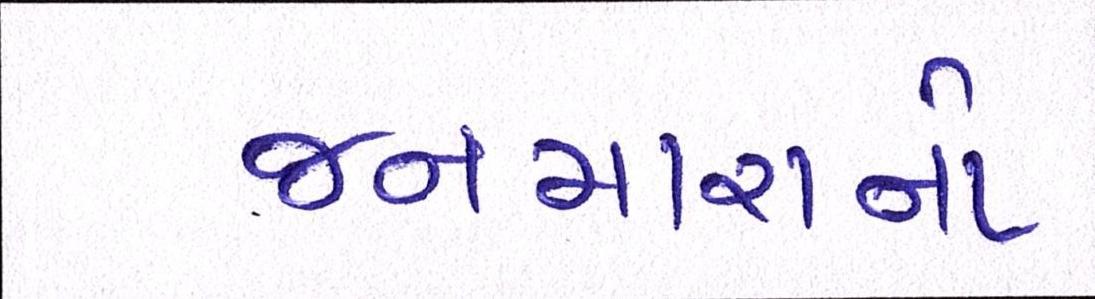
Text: જનમારાનો